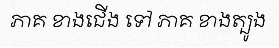
ភាគ ខាងជើង ទៅ ភាគ ខាងត្បូង